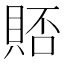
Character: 𫎗